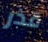
قذر